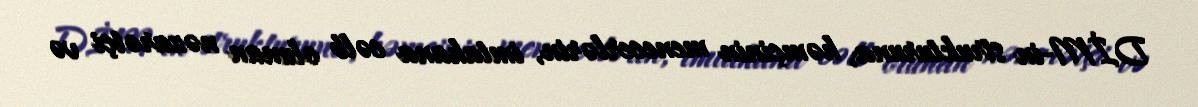
DİM-in strukturuna, həmçinin menecerlərin, imtahana cəlb olunan nəzarətçi və